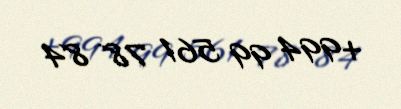
+994 99 561 78 84